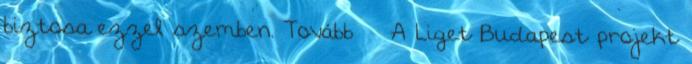
biztosa ezzel szemben. Tovább › ›A Liget Budapest projekt